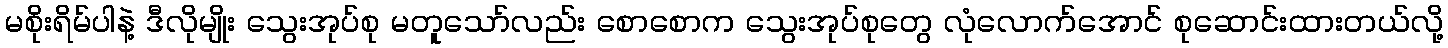
မစိုးရိမ်ပါနဲ့ ဒီလိုမျိုး သွေးအုပ်စု မတူသော်လည်း စောစောက သွေးအုပ်စုတွေ လုံလောက်အောင် စုဆောင်းထားတယ်လို့